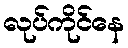
လုပ်ကိုင်နေ